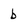
Character: b